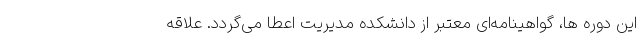
این دوره ها، گواهینامه‌ای معتبر از دانشکده مدیریت اعطا می‌گردد. علاقه